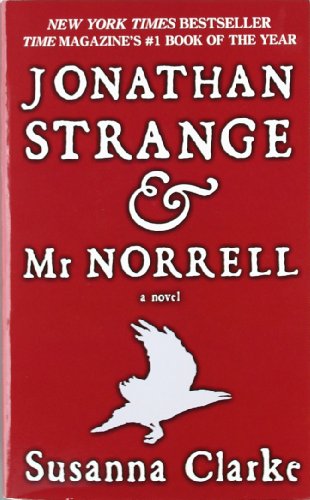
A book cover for Jonathan Strange & Mr. Norrell: A Novel; Susanna Clarke; Science Fiction & Fantasy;